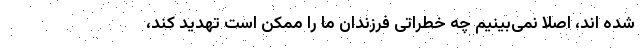
شده اند، اصلاً نمی‌بینیم چه خطراتی فرزندان ما را ممکن است تهدید کند،